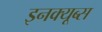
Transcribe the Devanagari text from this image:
इनक्यूब्स